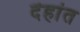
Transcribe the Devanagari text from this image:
दॆहांत